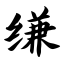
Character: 缣